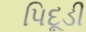
પિદૂડી